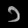
Digit: ၁